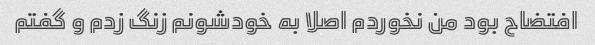
افتضاح بود من نخوردم اصلا به خودشونم زنگ زدم و گفتم